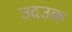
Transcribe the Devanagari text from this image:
उदउक